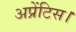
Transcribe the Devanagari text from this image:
अप्रेंटिस।